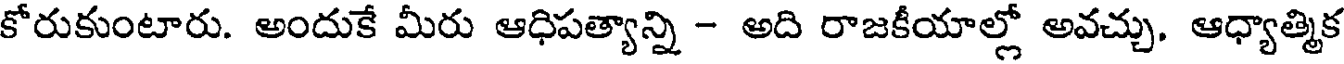
కోరుకుంటారు. అందుకే మీరు ఆధిపత్యాన్ని - అది రాజకీయాల్లో అవచ్చు. ఆధ్యాత్మిక